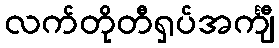
လက်တိုတီရှပ်အင်္ကျီ